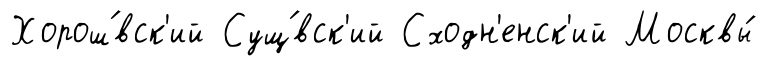
Хорош́вск'ий Сущ́вск'ий Сходн'енск'ий Москвы́